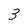
Character: 3